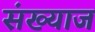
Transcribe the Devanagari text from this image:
संख्याज